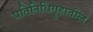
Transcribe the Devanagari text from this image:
प्रतिनिधिगॄहातील